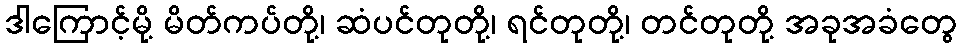
ဒါကြောင့်မို့ မိတ်ကပ်တို့၊ ဆံပင်တုတို့၊ ရင်တုတို့၊ တင်တုတို့ အခုအခံတွေ